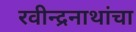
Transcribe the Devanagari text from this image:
रवीन्द्रनाथांचा